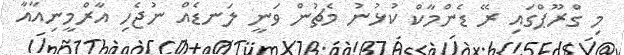
މި ގްރޫޕްގައި ރޭ ޑެންމާކް ކުޅުނު މެޗުން ވަނީ ލަނޑެއް ނުޖެހި އާރްމީނިއާއާ